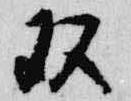
双